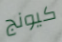
كيونج